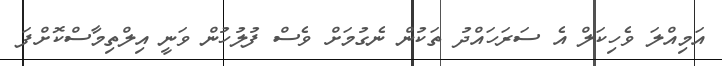
އަމިއްލަ ވެހިކަލް އެ ސަރަހައްދު ތަކުން ނެގުމަށް ވެސް ފުލުހުން ވަނީ އިލްތިމާސްކޮށްފަ